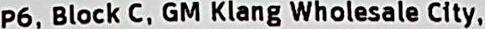
P6, BLOCK C, GM KLANG WHOLESALE CITY,